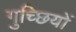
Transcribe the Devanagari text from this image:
गुच्छियों